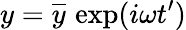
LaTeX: y=\overline{{y}}\, \exp(i\omega t^{\prime})